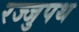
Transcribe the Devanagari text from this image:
रज्जुपथ